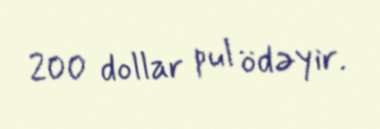
200 dollar pul ödəyir.